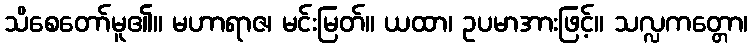
သိစေတော်မူ၏။ မဟာရာဇ၊ မင်းမြတ်။ ယထာ၊ ဥပမာအားဖြင့်။ သလ္လကတ္တော၊